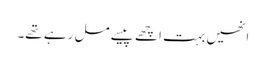
انھیں بہت اچھے پیسے مل رہے تھے۔